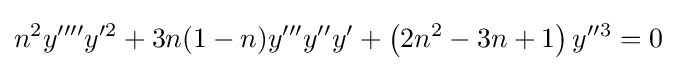
n^{2}y^{\prime \prime \prime \prime }y^{\prime 2}+3n(1-n)y^{\prime \prime \prime }y^{\prime \prime }y^{\prime }+\left(2n^{2}-3n+1\right)y^{\prime \prime 3}=0